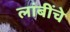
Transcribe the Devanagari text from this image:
लांबींचे